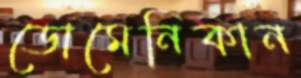
ডোমেনিকান